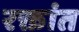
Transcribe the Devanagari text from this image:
रक्तांत